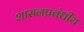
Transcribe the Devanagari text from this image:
शासनप्रबंधीय